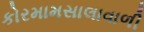
કોરમામસાલાવાળી